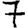
Digit: 7